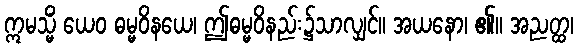
ဣမသ္မိံ ယေဝ ဓမ္မဝိနယေ၊ ဤဓမ္မဝိနည်း၌သာလျှင်။ အယနော၊ ၏။ အညတ္ထ၊